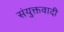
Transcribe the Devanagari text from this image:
संयुक्तवादी